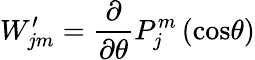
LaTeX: W_{jm}^{\prime}=\frac{\partial}{\partial\theta}P_{j}^{m}\left(\mathrm{cos}\theta\right)